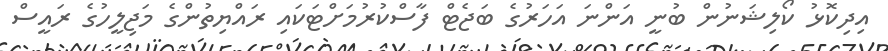
އިދިކޮޅު ކޯލިޝަނުން ބުނީ އަންނަ އަހަރުގެ ބަޖެޓް ފާސްކުރުމަށްޓަކައި ރައްޔިތުންގެ މަޖިލީހުގެ ރައީސް